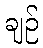
ချဉ်